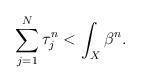
LaTeX: \begin{align*}\sum_{j=1}^N \tau_j^n < \int_X \beta^n.\end{align*}